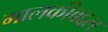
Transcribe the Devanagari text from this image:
मालकीबद्दल